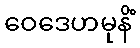
ဝေဒေဟမုနိံ